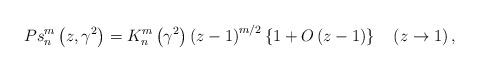
LaTeX: \begin{align*}Ps_{n}^{m}\left( {z,\gamma^{2}}\right) =K_{n}^{m}\left( {\gamma^{2}}\right) \left( {z-1}\right) ^{m/2}\left\{ {1+{O}\left({z-1}\right) }\right\} \quad\left( {z\rightarrow1}\right) , \end{align*}